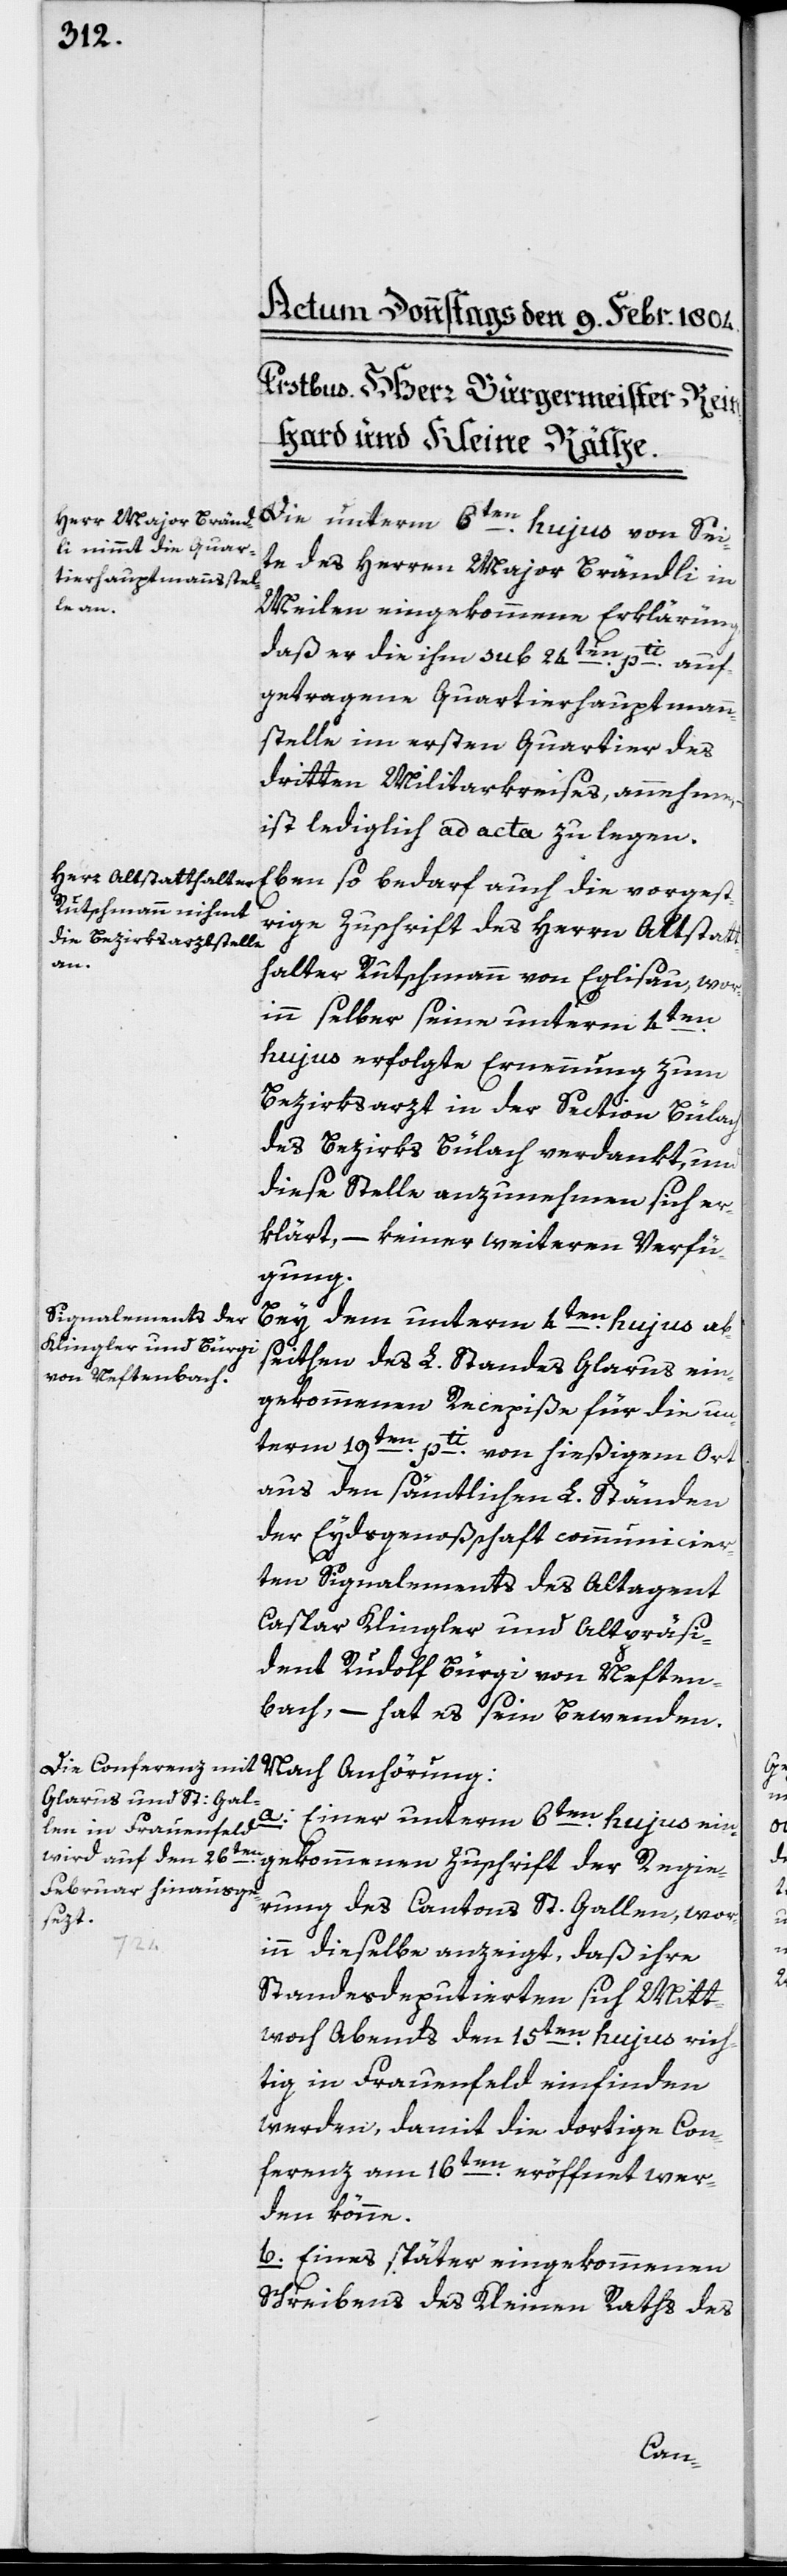
Die unterm 6ten. hujus von Sei¬
te des Herrn Major Brändli in
Meilen eingekommene Erklärung,
daß er die ihm sub 24ten. pti. auf¬
getragene Quartierhauptmann¬
stelle im ersten Quartier des
dritten Militarkreises annehme,
ist lediglich ad acta zu legen.
Eben so bedarf auch die vorgest¬
rige Zuschrift des Herrn Altstatt¬
en.
halter Rutschmann von Eglisau, wor¬
inn selber seine unterm 4t¬
hujus erfolgte Ernennung zum
Bezirksarzt in der Section Bülach
des Bezirks Bülach verdankt, und
diese Stelle anzunehmen sich er¬
klärt, – keiner weiteren Verfü¬
gung.
Bey dem unterm 4ten. hujus ab¬
seithen des L. Standes Glarus ein¬
gekommenen Recepiße für die un¬
term 19ten. pti. von hießigem Ort
aus den sämtlichen L. Ständen
der Eydsgenoßschaft communicier¬
ten Signalements des Altagent
Caspar Klingler und Altpräsi¬
dent Rudolf Bürgi von Neften¬
bach, – hat es sein Bewenden.
a.
Einer unterm 6ten. hujus ein¬
gekommenen Zuschrift der Regie¬
rung des Cantons St. Gallen, wor¬
inn dieselbe anzeigt, daß ihre
Standesdeputierten sich Mitt¬
woch Abends den 15ten. hujus rich¬
tig in Frauenfeld einfinden
werden, damit die dortige Con¬
ferenz am 16ten. eröffnet wer¬
den könne.
b. Eines später eingekommenen
Schreibens des Kleinen Raths des